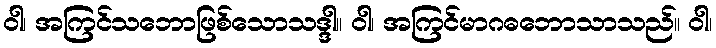
ဝါ၊ အကြင်သဘောဖြစ်သောသဒ္ဒါ။ ဝါ၊ အကြင်မာဂဓဘောသာသည်။ ဝါ၊